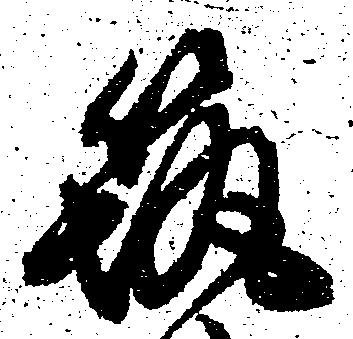
筑